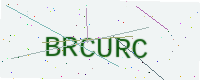
Text: BRCURC